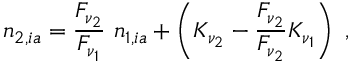
n _ { 2 , i a } = \frac { F _ { \nu _ { 2 } } } { F _ { \nu _ { 1 } } } \ n _ { 1 , i a } + \left( K _ { \nu _ { 2 } } - \frac { F _ { \nu _ { 2 } } } { F _ { \nu _ { 2 } } } K _ { \nu _ { 1 } } \right) \ ,